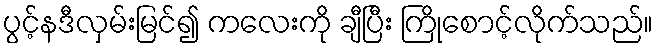
ပွင့်နဒီလှမ်းမြင်၍ ကလေးကို ချီပြီး ကြိုစောင့်လိုက်သည်။